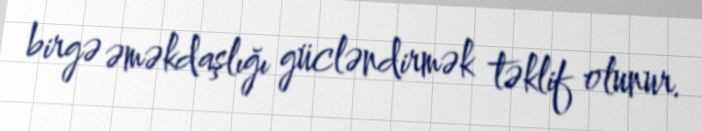
birgə əməkdaşlığı gücləndirmək təklif olunur.